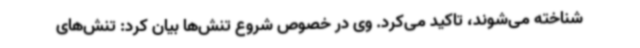
شناخته می‌شوند، تاکید می‌کرد. وی در خصوص شروع تنش‌ها بیان کرد: تنش‌های